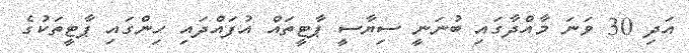
އަދި 30 ވަނަ މާއްދާގައި ބުނަނީ ސިޔާސީ ޕާޓީތައް އުފައްދައި ހިންގައި ޕާޓީތަކުގެ